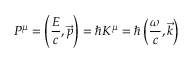
P ^ { \mu } = \left( { \frac { E } { c } } , { \vec { p } } \right) = \hbar K ^ { \mu } = \hbar \left( { \frac { \omega } { c } } , { \vec { k } } \right)